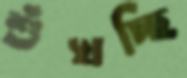
শুঁখচ্ছি